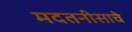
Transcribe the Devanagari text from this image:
मदतनीसाचे